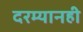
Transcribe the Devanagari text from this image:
दरम्यानही